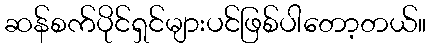
ဆန်စက်ပိုင်ရှင်များပင်ဖြစ်ပါတော့တယ်။